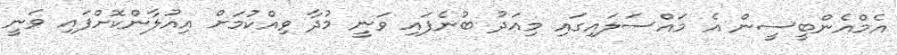
އެމްއެންބީސީން އެ މައްސަލައިގައި މިއަދު ބުނެފައި ވަނީ މުދާ ވިއްކުމަށް އިއުލާންކޮށްފައި ވަނީ